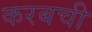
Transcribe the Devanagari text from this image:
करबची